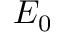
E _ { 0 }